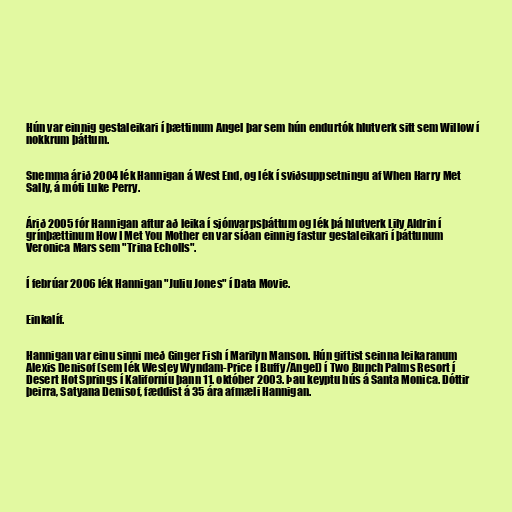
Hún var einnig gestaleikari í þættinum Angel þar sem hún endurtók hlutverk sitt sem Willow í
nokkrum þáttum.

Snemma árið 2004 lék Hannigan á West End, og lék í sviðsuppsetningu af When Harry Met
Sally, á móti Luke Perry.

Árið 2005 fór Hannigan aftur að leika í sjónvarpsþáttum og lék þá hlutverk Lily Aldrin í
grínþættinum How I Met You Mother en var síðan einnig fastur gestaleikari í þáttunum
Veronica Mars sem "Trina Echolls".

Í febrúar 2006 lék Hannigan "Juliu Jones" í Data Movie.

Einkalíf.

Hannigan var einu sinni með Ginger Fish í Marilyn Manson. Hún giftist seinna leikaranum
Alexis Denisof (sem lék Wesley Wyndam-Price í Buffy/Angel) í Two Bunch Palms Resort í
Desert Hot Springs í Kaliforníu þann 11. október 2003. Þau keyptu hús á Santa Monica. Dóttir
þeirra, Satyana Denisof, fæddist á 35 ára afmæli Hannigan.